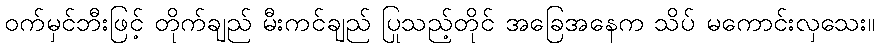
ဝက်မှင်ဘီးဖြင့် တိုက်ချည် မီးကင်ချည် ပြုသည့်တိုင် အခြေအနေက သိပ် မကောင်းလှသေး။